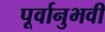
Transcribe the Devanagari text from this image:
पूर्वानुभवी